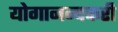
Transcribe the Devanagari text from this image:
योगानन्दकरी